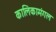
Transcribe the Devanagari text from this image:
कालिकामंगल